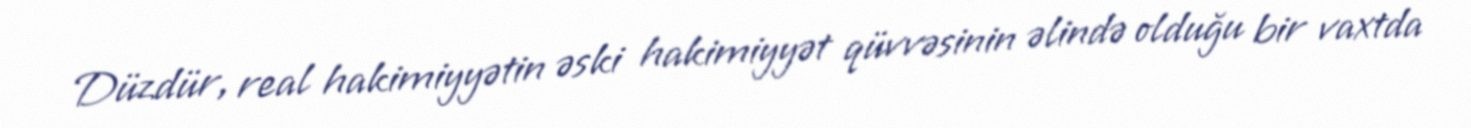
Düzdür, real hakimiyyətin əski hakimiyyət qüvvəsinin əlində olduğu bir vaxtda